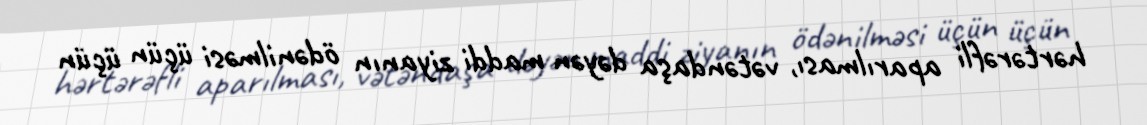
hərtərəfli aparılması, vətəndaşa dəyən maddi ziyanın ödənilməsi üçün üçün